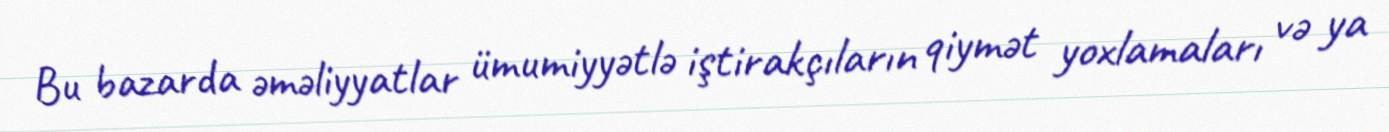
Bu bazarda əməliyyatlar ümumiyyətlə iştirakçıların qiymət yoxlamaları və ya